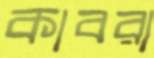
কাবরা